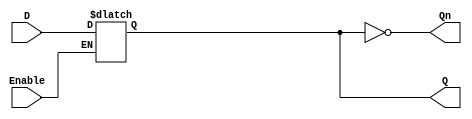
module latch_register (
    input wire D,          // Data input
    input wire Enable,     // Control signal (Enable)
    output reg Q,         // Data output
    output wire Qn         // Inverted output (Q')
);

// Always block that is sensitive to the control signal
always @(*) begin
    if (Enable) begin
        Q = D;          // When Enable is high, Q follows D
    end
    // When Enable is low, Q retains its previous value (latch behavior)
end

// Inverted output
assign Qn = ~Q; // Q' is the complement of Q

endmodule